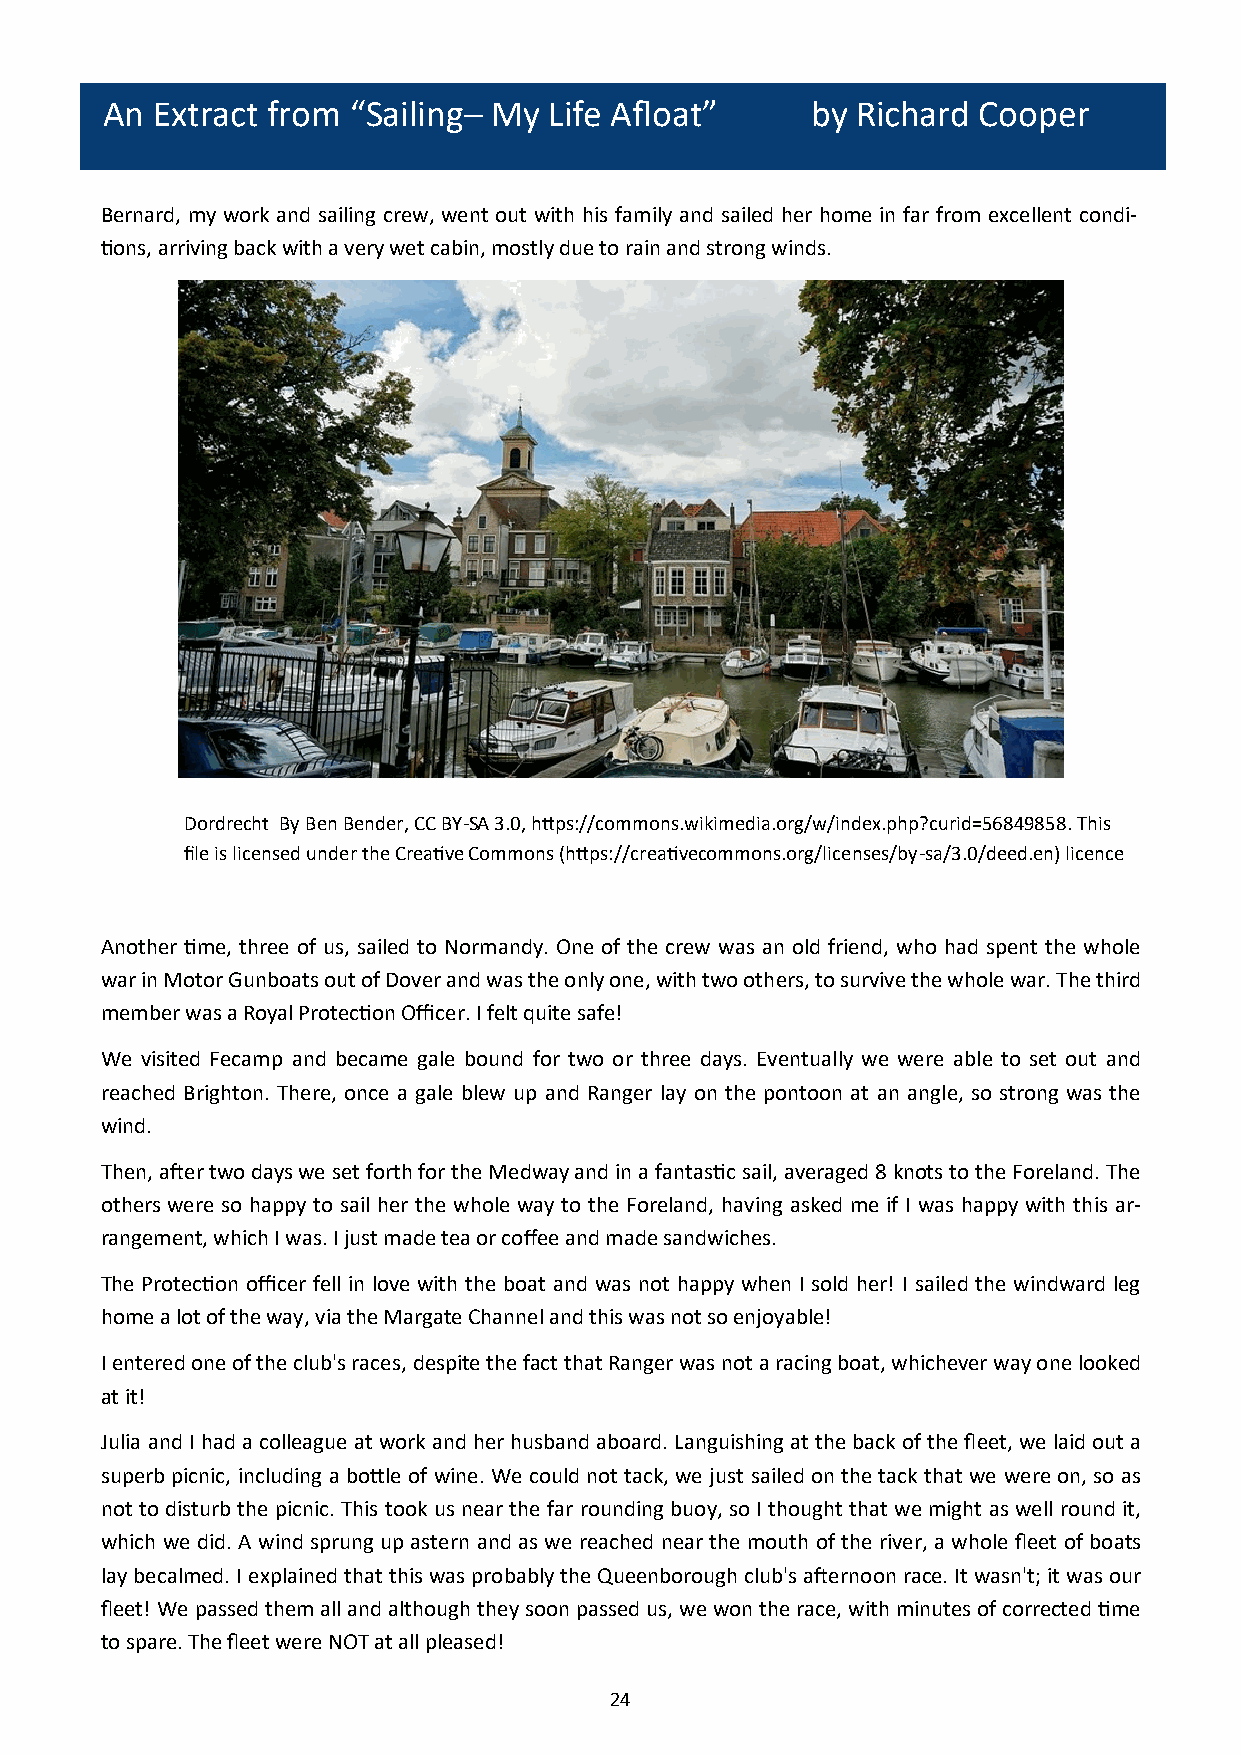
An Extract from “Sailing– My Life Afloat”      by Richard Cooper
 Bernard, my work and sailing crew, went out with his family and sailed her home in far from excellent condi-
 tions, arriving back with a very wet cabin, mostly due to rain and strong winds.
 Dordrecht By Ben Bender, CC BY-SA 3.0, https://commons.wikimedia.org/w/index.php?curid=56849858. This
 file is licensed under the Creative Commons (https://creativecommons.org/licenses/by-sa/3.0/deed.en) licence
 Another time, three of us, sailed to Normandy. One of the crew was an old friend, who had spent the whole
 war in Motor Gunboats out of Dover and was the only one, with two others, to survive the whole war. The third
 member was a Royal Protection Officer. I felt quite safe!
 We visited Fecamp and became gale bound for two or three days. Eventually we were able to set out and
 reached Brighton. There, once a gale blew up and Ranger lay on the pontoon at an angle, so strong was the
 wind.
 Then, after two days we set forth for the Medway and in a fantastic sail, averaged 8 knots to the Foreland. The
 others were so happy to sail her the whole way to the Foreland, having asked me if I was happy with this ar-
 rangement, which I was. I just made tea or coffee and made sandwiches.
 The Protection officer fell in love with the boat and was not happy when I sold her! I sailed the windward leg
 home a lot of the way, via the Margate Channel and this was not so enjoyable!
 I entered one of the club's races, despite the fact that Ranger was not a racing boat, whichever way one looked
 at it!
 Julia and I had a colleague at work and her husband aboard. Languishing at the back of the fleet, we laid out a
 superb picnic, including a bottle of wine. We could not tack, we just sailed on the tack that we were on, so as
 not to disturb the picnic. This took us near the far rounding buoy, so I thought that we might as well round it,
 which we did. A wind sprung up astern and as we reached near the mouth of the river, a whole fleet of boats
 lay becalmed. I explained that this was probably the Queenborough club's afternoon race. It wasn't; it was our
 fleet! We passed them all and although they soon passed us, we won the race, with minutes of corrected time
 to spare. The fleet were NOT at all pleased!
 24